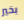
بخير